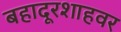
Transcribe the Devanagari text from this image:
बहादूरशाहवर